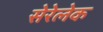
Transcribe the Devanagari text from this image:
सेरेलेक